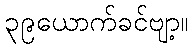
၃၉ယောက်ခင်ဗျာ့။